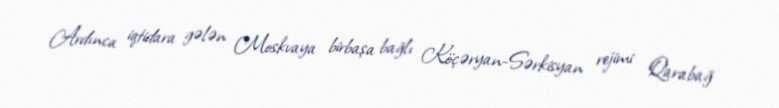
Ardınca iqtidara gələn Moskvaya birbaşa bağlı Köçəryan-Sərkisyan rejimi Qarabağ